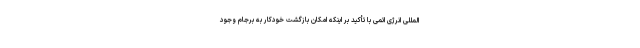
المللی انرژی اتمی با تأکید بر اینکه امکان بازگشت خودکار به برجام وجود